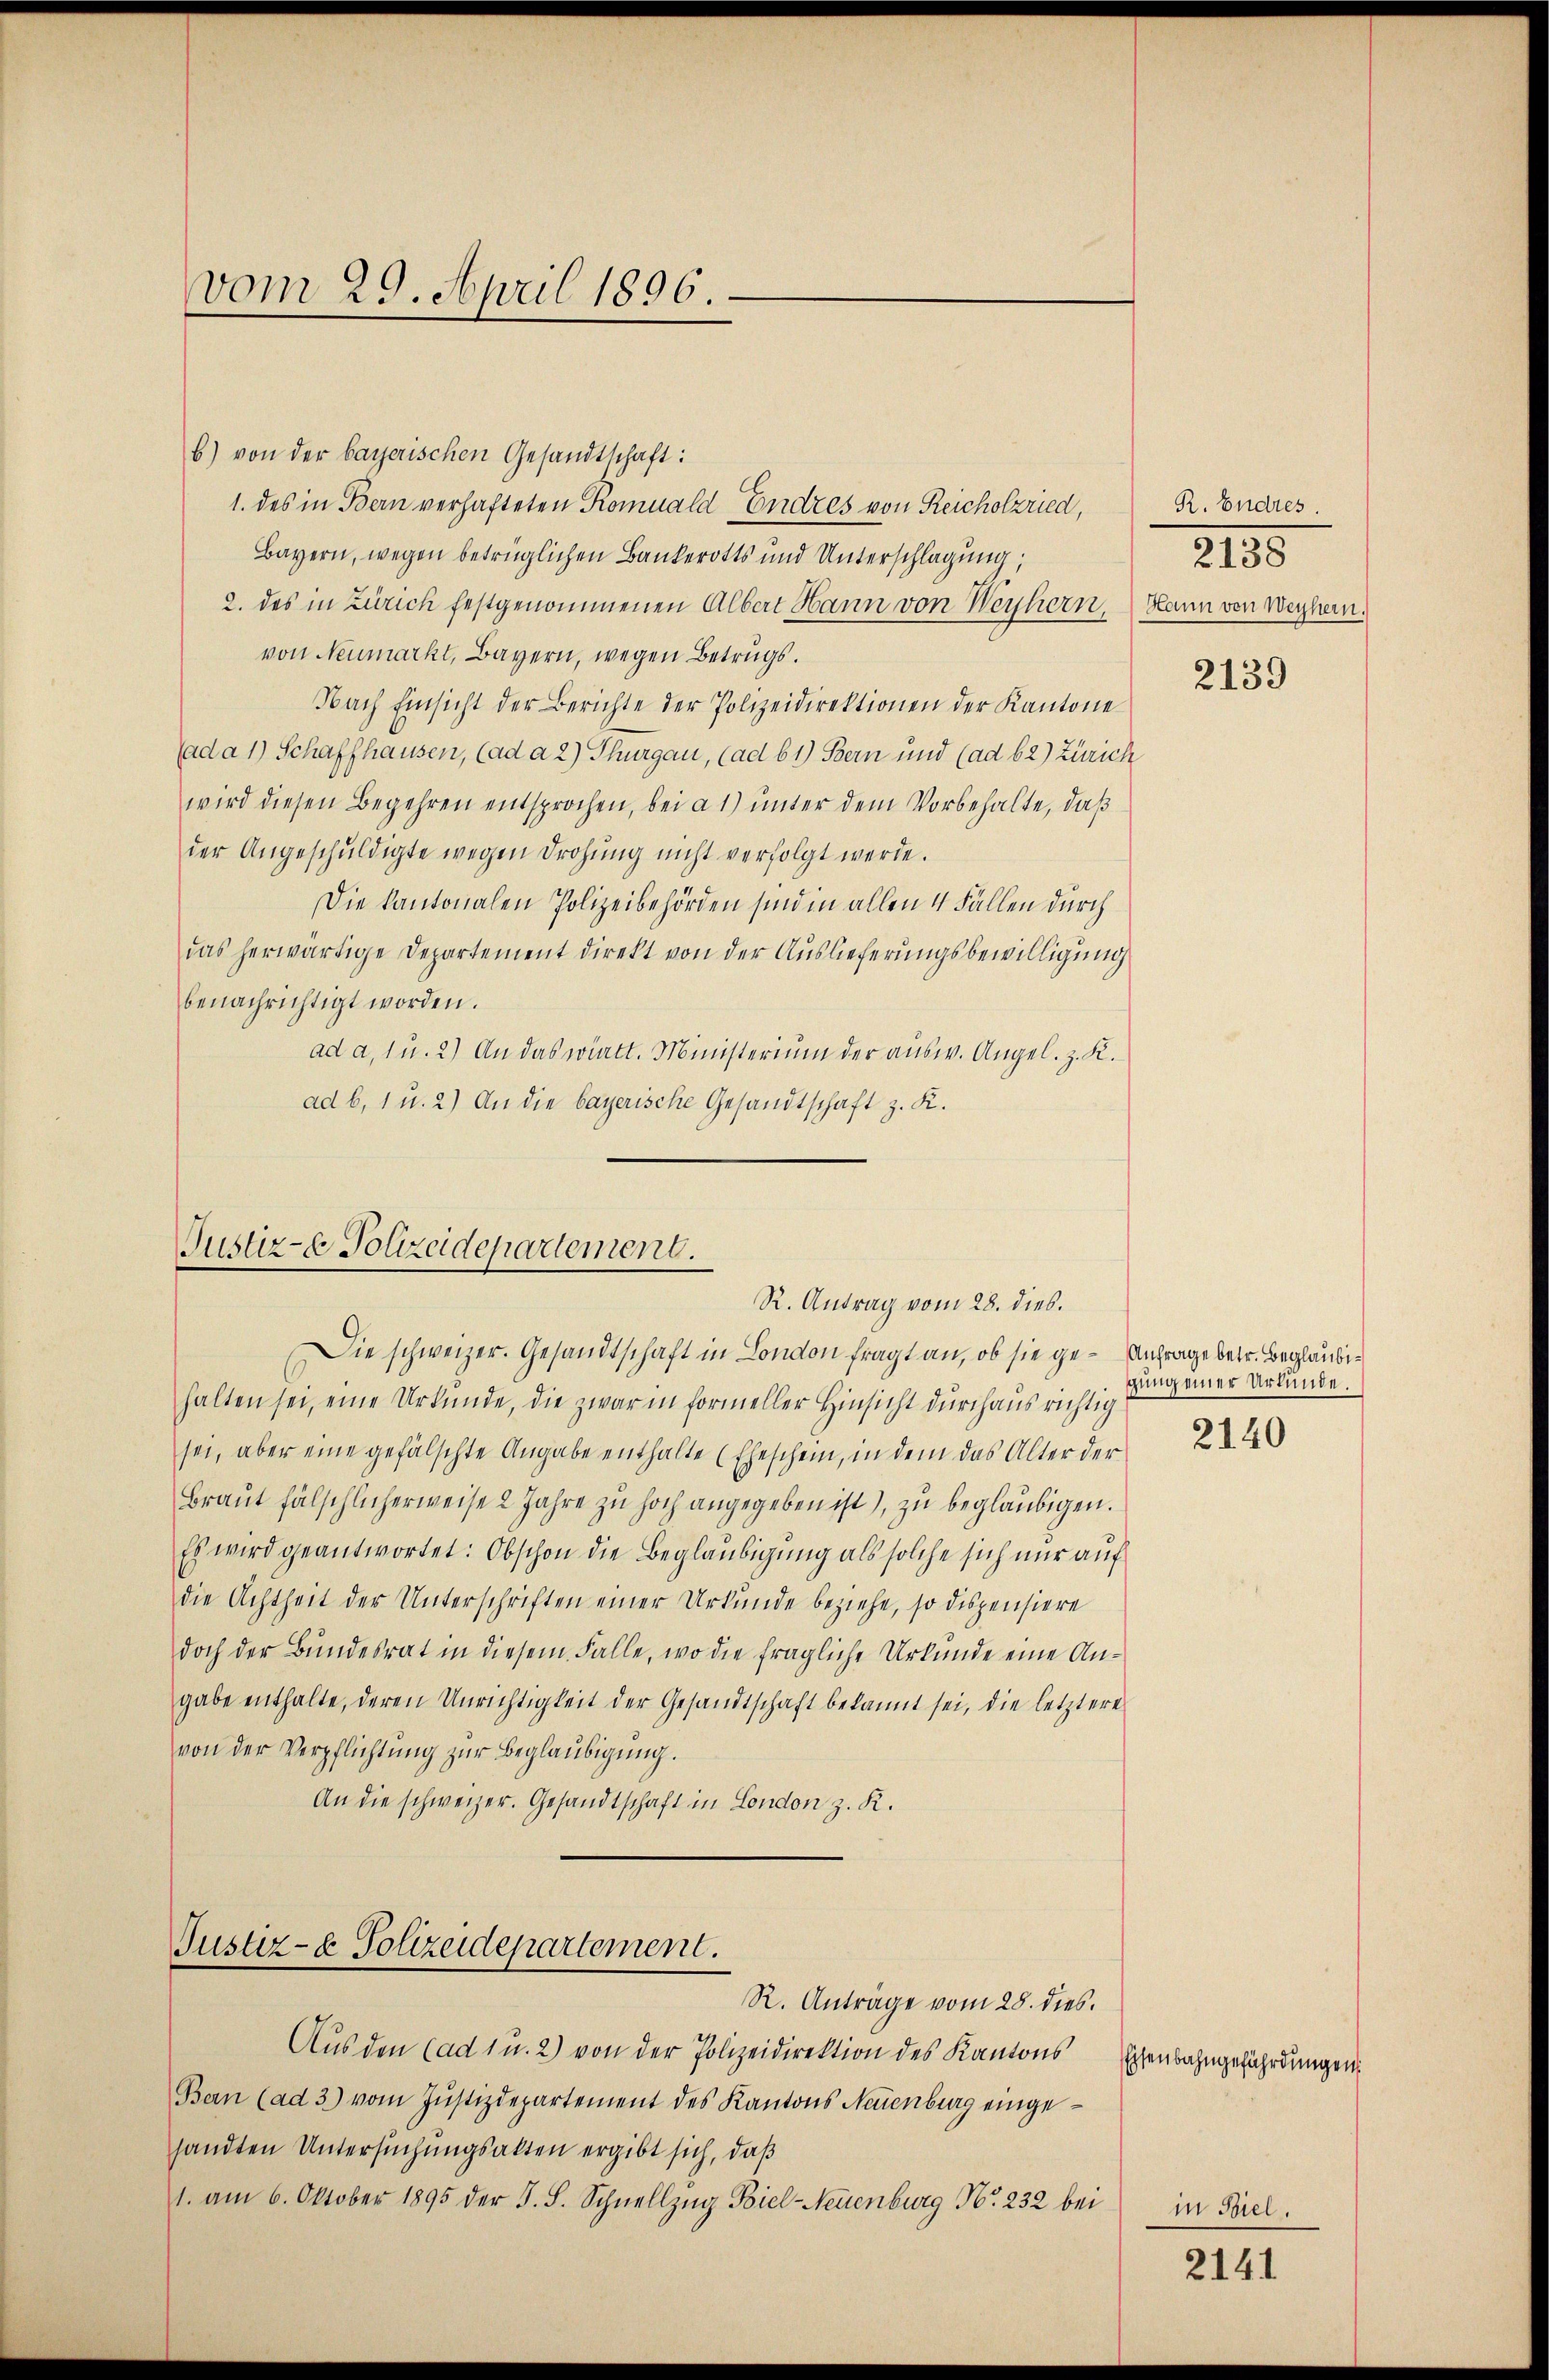
vom 29. April 1896.

b) von der bayerischen Gesandtschaft:
1. des in Bern verhafteten Romnald Endres von Reicholzried,
Bayern, wegen betrüglichen Bankerotts und Unterschlagung;
2. des in Zürich festgenommenen Albert Hann von Weyhern, kann von Weyhern.
von Neumarkt, Bayern, wegen Betrugs.
Nach Einsicht der Berichte der Polizeidirektionen der Kantone
ada 1) Schaffhausen, (ad a 2) Thurgau, (ad 61) Bern und (ad 62) Zürich
wird diesen Begehren entsprochen, bei a 1) unter dem Vorbehalte, daß
der Angeschŭldigte wegen drohŭng nicht verfolgt werde.
Die kantonalen Polizeibehörden sind in allen 4 Fällen durch
das herwärtige Departement direkt von der Auslieferungsbewilligung
benachrichtigt worden.
ad a. 1 u. 2) An das wirkt. Ministerium der ausw. Angel. z. K.
ad b. 1 u. 2) An die bayerische Gesandtschaft z. K.

Justiz- & Polizeidepartement.
R. Antrag vom 28. dies.

Die schweizer. Gesandtschaft in London fragt an, ob sie ge- Anfrage betr. Beglaubihalten sei, eine Urkunde, die zwar in formeller Hinsicht dŭrchausrichtig
sei, aber eine gefälschte Angabe enthalte (Eheschein, in dem das Alter der
Braut fälschlicherweise 2 Jahre zu hoch angegeben ist), zu beglaubigen.
Es wird geantwortet: Obschon die Beglaubigung als solche sich nur auf
die Achtheit der Unterschriften einer Urkunde beziehe, so dispensiere
doch der Bundesrat in diesem Falle, wo die fragliche Urkunde eine Angabe enthalte, deren Unrichtigkeit der Gesandtschaft bekannt sei, die letztere
von der Verpflichtŭng zŭr Beglaubigung.
An die schweizer. Gesandtschaft in London z. R.
Justiz- & Polizeidepartement.
R. Anträge vom 28. dies.
Aus den (ad 1 u. 2) von der Polizeidirektion des Kantons
Bern (ad 3) vom Jŭstizdepartement des Kantons Neuenburg eingesandten Untersŭchŭngsakten ergibt sich, daβ
1. am 6. Oktober 1895 der S. S. Schnellzŭg Biel-Neuenburg Nr. 232 bei

R. Endres
2138

2139

gung einer Urkunde.

2140

Eisenbahngeführdungen.

in Biel.

2141